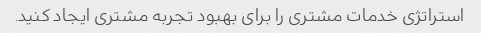
استراتژی خدمات مشتری را برای بهبود تجربه مشتری ایجاد کنید.